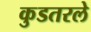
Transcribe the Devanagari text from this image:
कुडतरले